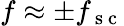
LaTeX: f\approx\pm f_{\mathrm{~s~c~}}